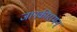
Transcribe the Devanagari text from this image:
जानकीरामन्